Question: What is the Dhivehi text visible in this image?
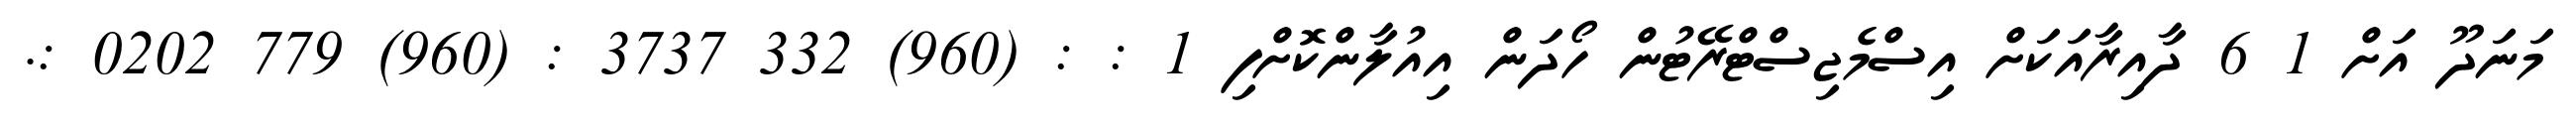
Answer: މަނަދޫ އަށް 1 6 ދާއިރާއަކަށް އިސްމެޖިސްޓްރޭޓުން ހޯދަން އިއުލާންކޮށްފި 1 : : (960) 332 3737 : (960) 779 0202 :.